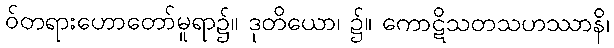
ဝ်တရားဟောတော်မူရာ၌။ ဒုတိယော၊ ၌။ ကောဋိသတသဟဿာနိ၊